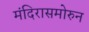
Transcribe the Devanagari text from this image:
मंदिरासमोरुन